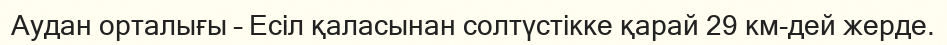
Аудан орталығы – Есіл қаласынан солтүстікке қарай 29 км-дей жерде.